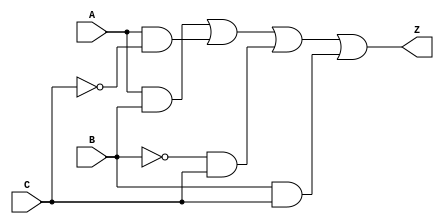
module prime_implicant_logic (
    input wire A,       // Input variable A
    input wire B,       // Input variable B
    input wire C,       // Input variable C
    output wire Z       // Output Z representing the evaluated result
);

// Internal signals for prime implicants
wire p1, p2, p3, p4;

// Define prime implicants based on the Boolean function
// For example, let's say our prime implicants are:
// p1 = A & B                // First prime implicant: AB
// p2 = A & ~C               // Second prime implicant: A~C
// p3 = ~B & C               // Third prime implicant: ~BC
// p4 = B & C                // Fourth prime implicant: BC

// Implement the prime implicants
assign p1 = A & B;         // Prime implicant 1
assign p2 = A & ~C;        // Prime implicant 2
assign p3 = ~B & C;        // Prime implicant 3
assign p4 = B & C;         // Prime implicant 4

// Combine the prime implicants using logical OR to form the final expression
assign Z = p1 | p2 | p3 | p4; // Final output Z

endmodule